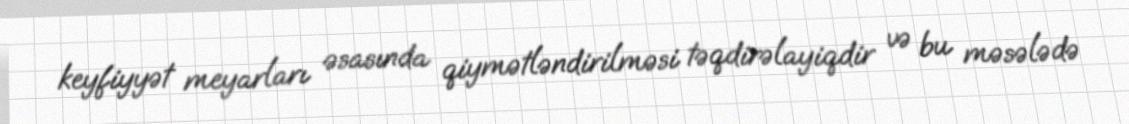
keyfiyyət meyarları əsasında qiymətləndirilməsi təqdirəlayiqdir və bu məsələdə